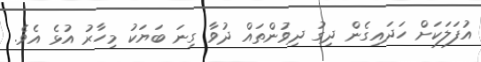
އުފަލަކަށް ހަދައިގެން ދިގު ދިވުންތައް ދުވާ ގިނަ ބަޔަކު މިހާރު އުޅެ އެވެ.